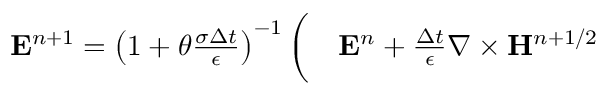
\begin{array} { r l } { { \bf E } ^ { n + 1 } = \left( 1 + \theta \frac { \sigma \Delta t } { \epsilon } \right) ^ { - 1 } \bigg ( } & { { } { \bf E } ^ { n } + \frac { \Delta t } { \epsilon } \nabla \times { \bf H } ^ { n + 1 / 2 } } \end{array}